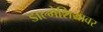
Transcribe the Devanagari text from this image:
डाल्मेशियावर